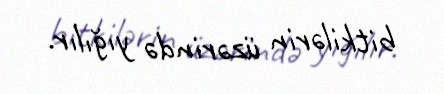
bitkilərin üzərində yığılır.